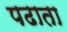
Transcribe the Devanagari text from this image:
पढाता